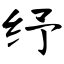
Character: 纾